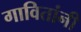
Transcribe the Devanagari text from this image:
गावितांनी